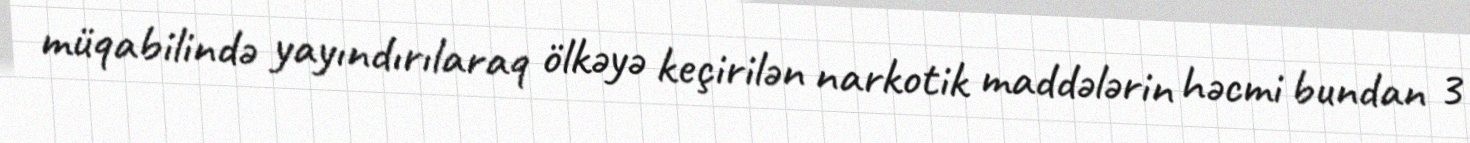
müqabilində yayındırılaraq ölkəyə keçirilən narkotik maddələrin həcmi bundan 3